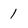
Character: 1